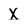
Character: X